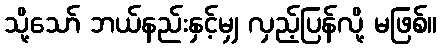
သို့သော် ဘယ်နည်းနှင့်မျှ လှည့်ပြန်လို့ မဖြစ်။